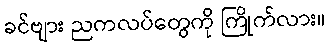
ခင်ဗျား ညကလပ်တွေကို ကြိုက်လား။